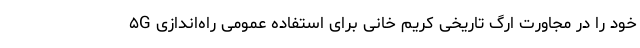
۵G خود را در مجاورت ارگ تاریخی کریم خانی برای استفاده عمومی راه‌اندازی